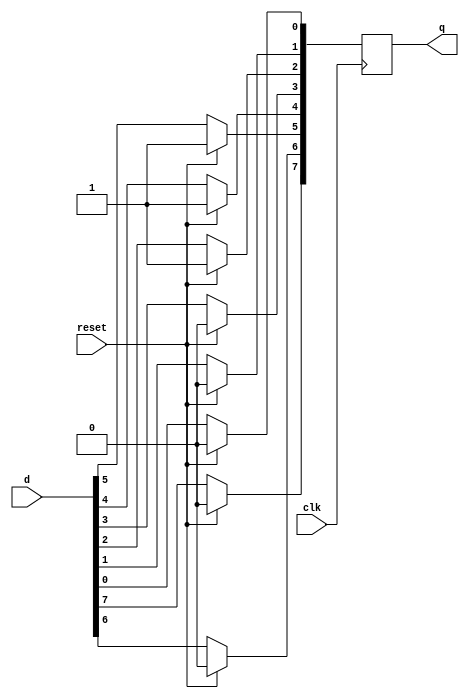
module top_module (
    input clk,
    input reset,
    input [7:0] d,
    output [7:0] q
);

    integer i;
    always @ (negedge clk) begin 
        if(reset==1)
            q <= 8'h34;
        else begin
        for (i=0; i<8; i=i+1) 
            q[i]<=d[i];
        end
    end
endmodule